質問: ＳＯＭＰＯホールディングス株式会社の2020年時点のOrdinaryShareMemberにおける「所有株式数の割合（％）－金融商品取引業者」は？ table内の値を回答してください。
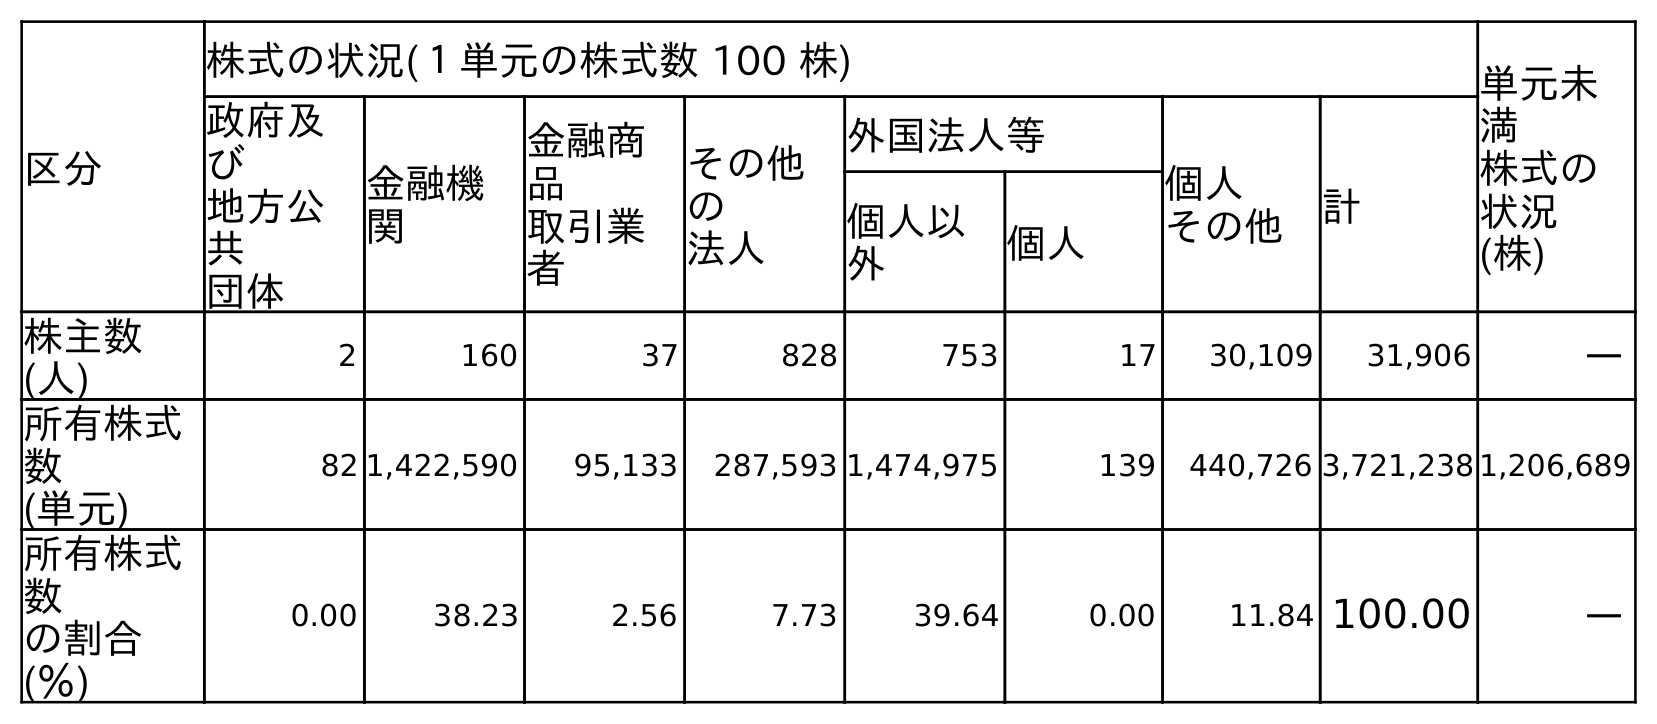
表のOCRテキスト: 区分 株式の状況(１単元の株式数 100 株) 単元未 満 株式の 状況 (株) 政府及 び 地方公 共 団体 金融機 関 金融商 品 取引業 者 その他 の 法人 外国法人等 個人 その他 計 個人以 外 個人 株主数 (人) 2 160 37 828 753 17 30,109 31,906 ― 所有株式 数 (単元) 82 1,422,590 95,133 287,593 1,474,975 139 440,726 3,721,238 1,206,689 所有株式 数 の割合 (％) 0.00 38.23 2.56 7.73 39.64 0.00 11.84 100.00 ―
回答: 2.56